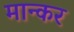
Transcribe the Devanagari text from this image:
मान्कर